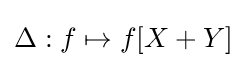
\Delta :f\mapsto f[X+Y]